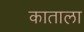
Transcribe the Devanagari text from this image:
काताला